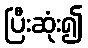
ပြီးဆုံး၍